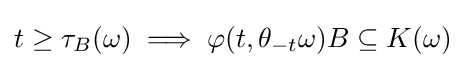
t\geq \tau _{B}(\omega )\implies \varphi (t,\theta _{-t}\omega )B\subseteq K(\omega )